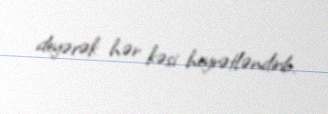
deyərək hər kəsi heyrətləndirib.